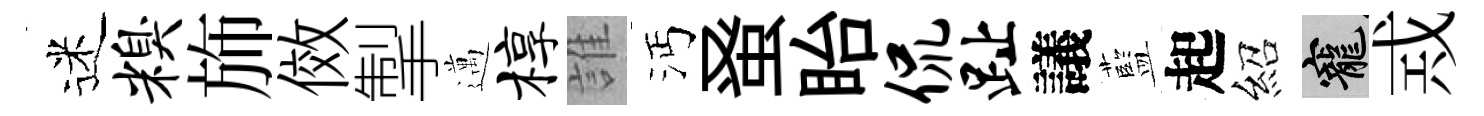
迷糗斾傚掣邁椁誰沔𫊫眙侃趾議藍起紹寵𢦶